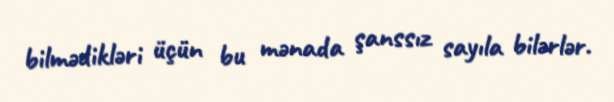
bilmədikləri üçün bu mənada şanssız sayıla bilərlər.